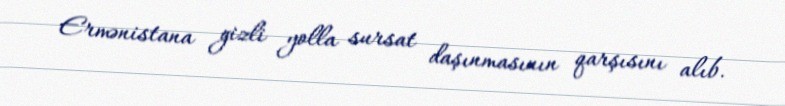
Ermənistana gizli yolla sursat daşınmasının qarşısını alıb.